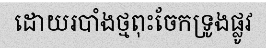
ដោយរបាំងថ្មពុះចែកទ្រូងផ្លូវ